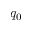
q _ { 0 }